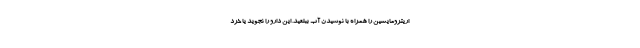
اریترومایسین را همراه با نوشیدن آب ببلعید. این دارو را نجوید یا خرد